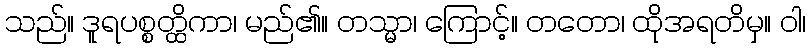
သည်။ ဒူရပစ္စတ္ထိကာ၊ မည်၏။ တသ္မာ၊ ကြောင့်။ တတော၊ ထိုအရတိမှ။ ဝါ၊